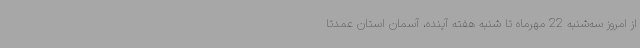
از امروز سه‌شنبه 22 مهرماه تا شنبه هفته آینده، آسمان استان عمدتاً